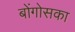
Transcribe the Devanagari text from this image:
बोंगोसका